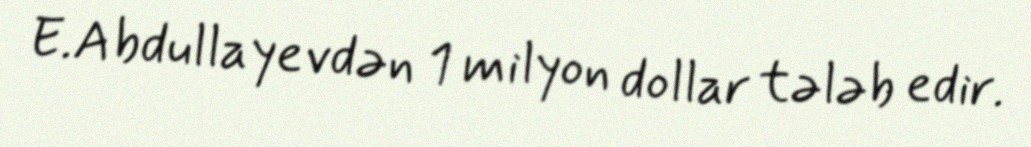
E.Abdullayevdən 1 milyon dollar tələb edir.